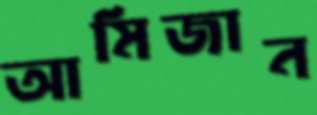
আমিজান